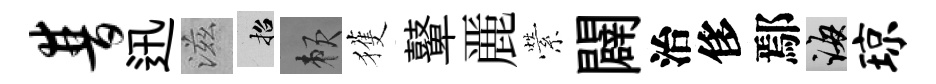
普迅滋招賴獲鼙䴡縈闢治侈鄢誨琼